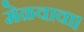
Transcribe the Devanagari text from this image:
मेळवावा।